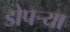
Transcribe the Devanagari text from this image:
डोपर्‍या